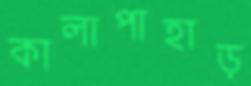
কালাপাহাড়